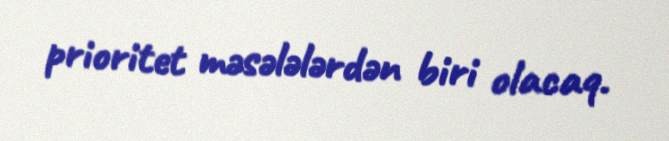
prioritet məsələlərdən biri olacaq.